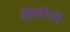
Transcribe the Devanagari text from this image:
श्रीहरींनी